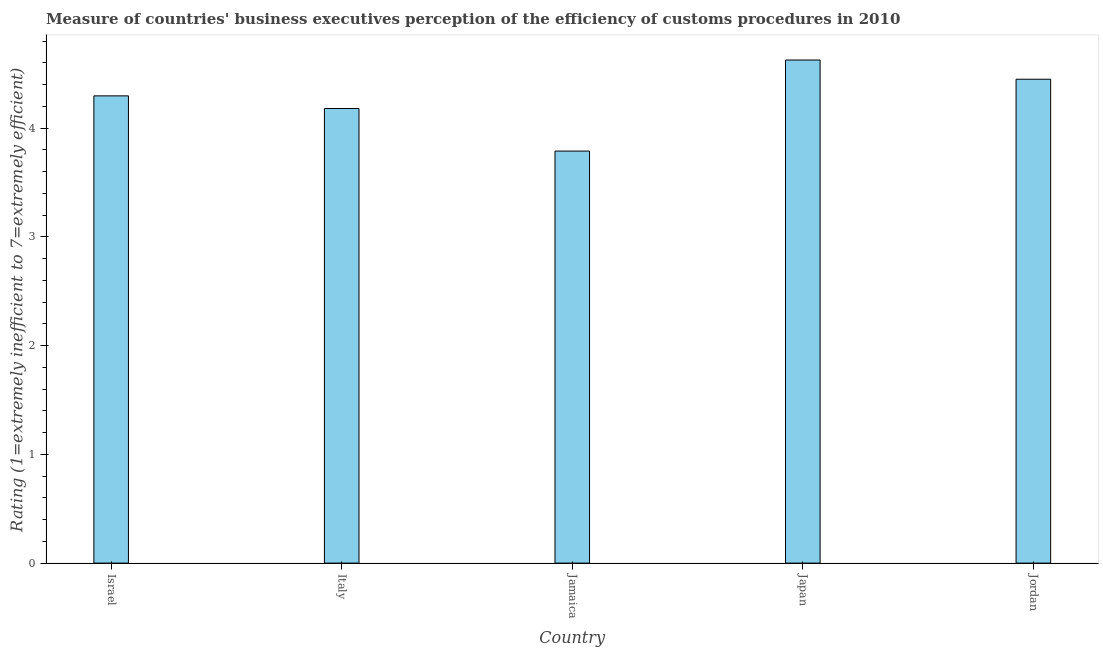
| Country | Burden of customs procedure |
 | --- | --- |
 | Israel | 4.3 |
 | Italy | 4.18 |
 | Jamaica | 3.79 |
 | Japan | 4.63 |
 | Jordan | 4.45 |